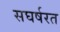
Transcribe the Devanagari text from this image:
सघर्षरत